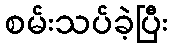
စမ်းသပ်ခဲ့ပြီး